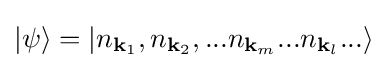
|\psi \rangle =\left|n_{\mathbf {k} _{1}},n_{\mathbf {k} _{2}},...n_{\mathbf {k} _{m}}...n_{\mathbf {k} _{l}}...\right\rangle